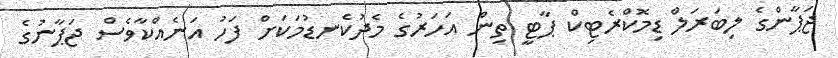
ޖަޕާންގެ ލިބަރަލް ޑިމޮކްރެޓިކް ޕާޓީ ތިން އަހަރުގެ މެދުކެނޑުމަކަށް ފަހު އަނެއްކާވެސް ޖަޕާނުގެ